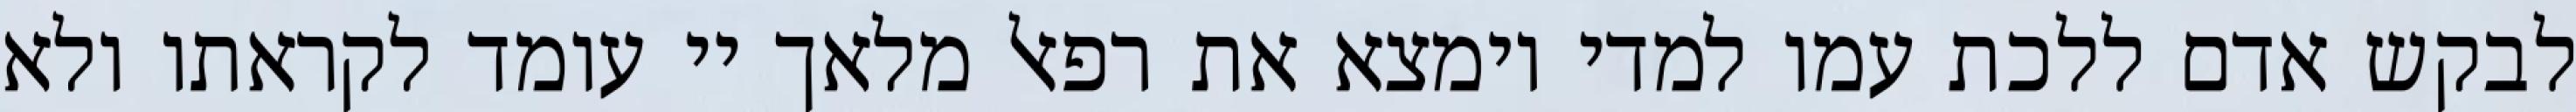
לבקש אדם ללכת עמו למדי וימצא את רפאל מלאך יי עומד לקראתו ולא